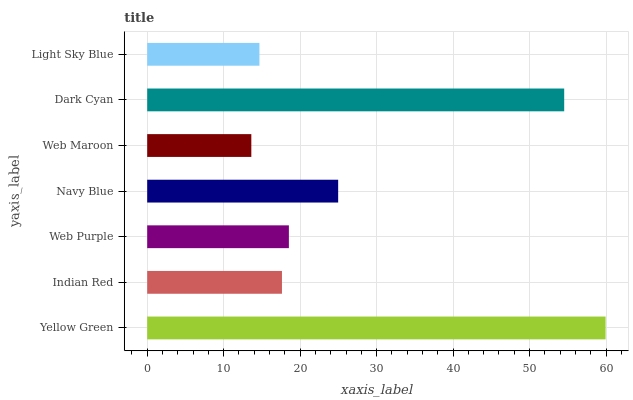
| yaxis_label | bars |
 | --- | --- |
 | Yellow Green | 59.9 |
 | Indian Red | 17.6 |
 | Web Purple | 18.5 |
 | Navy Blue | 25 |
 | Web Maroon | 13.6 |
 | Dark Cyan | 54.5 |
 | Light Sky Blue | 14.7 |